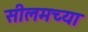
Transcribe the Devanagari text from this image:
सीलमच्या